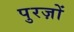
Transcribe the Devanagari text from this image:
पुरज़ों